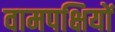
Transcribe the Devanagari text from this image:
वामपक्षियों